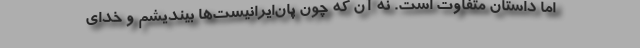
اما داستان متفاوت است. نه آن که چون پان‌ایرانیست‌ها بیندیشم و خدای